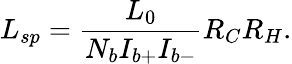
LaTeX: L_{sp}=\frac{L_{0}}{N_{b}I_{b+}I_{b-}}R_{C}R_{H}.